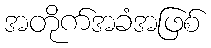
အတိုက်အခံအဖြစ်